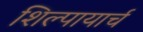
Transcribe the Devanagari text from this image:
शिल्पायार्च